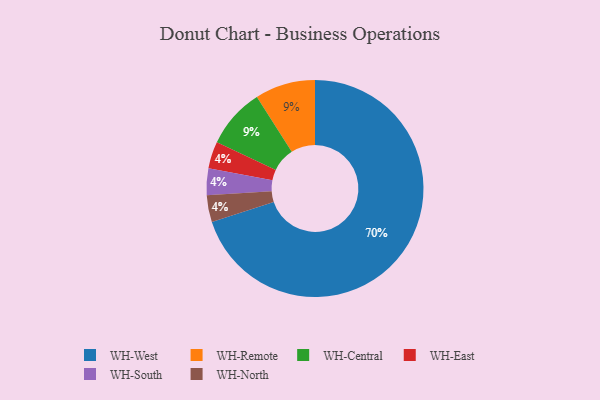
{"axis": {"x": "Category", "y": "Percentage"}, "legend": ["WH-Central", "WH-East", "WH-North", "WH-Remote", "WH-South", "WH-West"], "data": [{"x": "WH-Remote", "y": 9, "type": "WH-Remote"}, {"x": "WH-East", "y": 4, "type": "WH-East"}, {"x": "WH-South", "y": 4, "type": "WH-South"}, {"x": "WH-Central", "y": 9, "type": "WH-Central"}, {"x": "WH-West", "y": 70, "type": "WH-West"}, {"x": "WH-North", "y": 4, "type": "WH-North"}]}